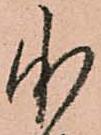
承